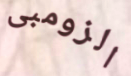
الزومبى